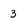
Character: 3